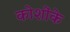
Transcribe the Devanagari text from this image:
कोशोंके